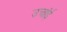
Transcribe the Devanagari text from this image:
उचांई